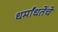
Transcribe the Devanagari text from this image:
धर्मांधतेचे